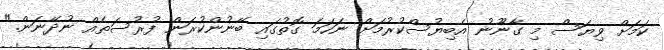
ކަމަށް ވިޔަސް މި ގާނޫނު އެބިޔުސްކުރުމަށް ނަހަމަ ގޮތުގައި ބޭނުންކުރަން ފުރުސަތެއް ނުދޭނަން."